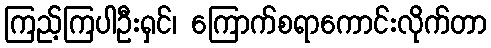
ကြည့်ကြပါဦးရှင်၊ ကြောက်စရာကောင်းလိုက်တာ